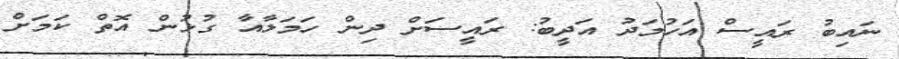
ނައިބު ރައީސް އަހުމަދު އަދީބު: ރައީސަށް ދިން ހަމަލާއާ ގުޅުން އޮތް ކަމަށް